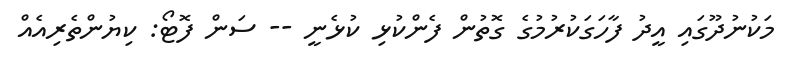
މަކުނުދޫގައި އީދު ފާހަގަކުރުމުގެ ގޮތުން ފެންކުޅި ކުޅެނީ -- ސަން ފޮޓޯ: ކިޔުންތެރިއެއް